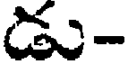
డు-